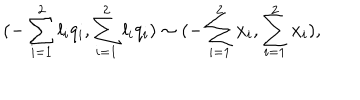
LaTeX: { ( - \sum _ { i = 1 } ^ { 2 } { l _ { i } q _ { i } } , \sum _ { i = 1 } ^ { 2 } { l _ { i } q _ { i } } ) } \sim { ( - \sum _ { i = 1 } ^ { 2 } { x _ { i } } , \sum _ { i = 1 } ^ { 2 } { x _ { i } } ) } ,